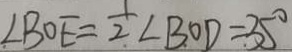
\angle B O E = \frac { 1 } { 2 } \angle B O D = 3 5 ^ { \circ }